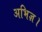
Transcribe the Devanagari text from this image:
अभिज्ञ।